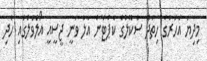
މިދިޔަ އަހަރުގެ ހިތަދޫ ސްކޫލުގެ ކެޕްޓަން އާލާ ވަނީ ޖީސީއީ އޯލެވެލްގައި ހެދި